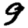
Digit: 9